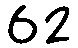
62